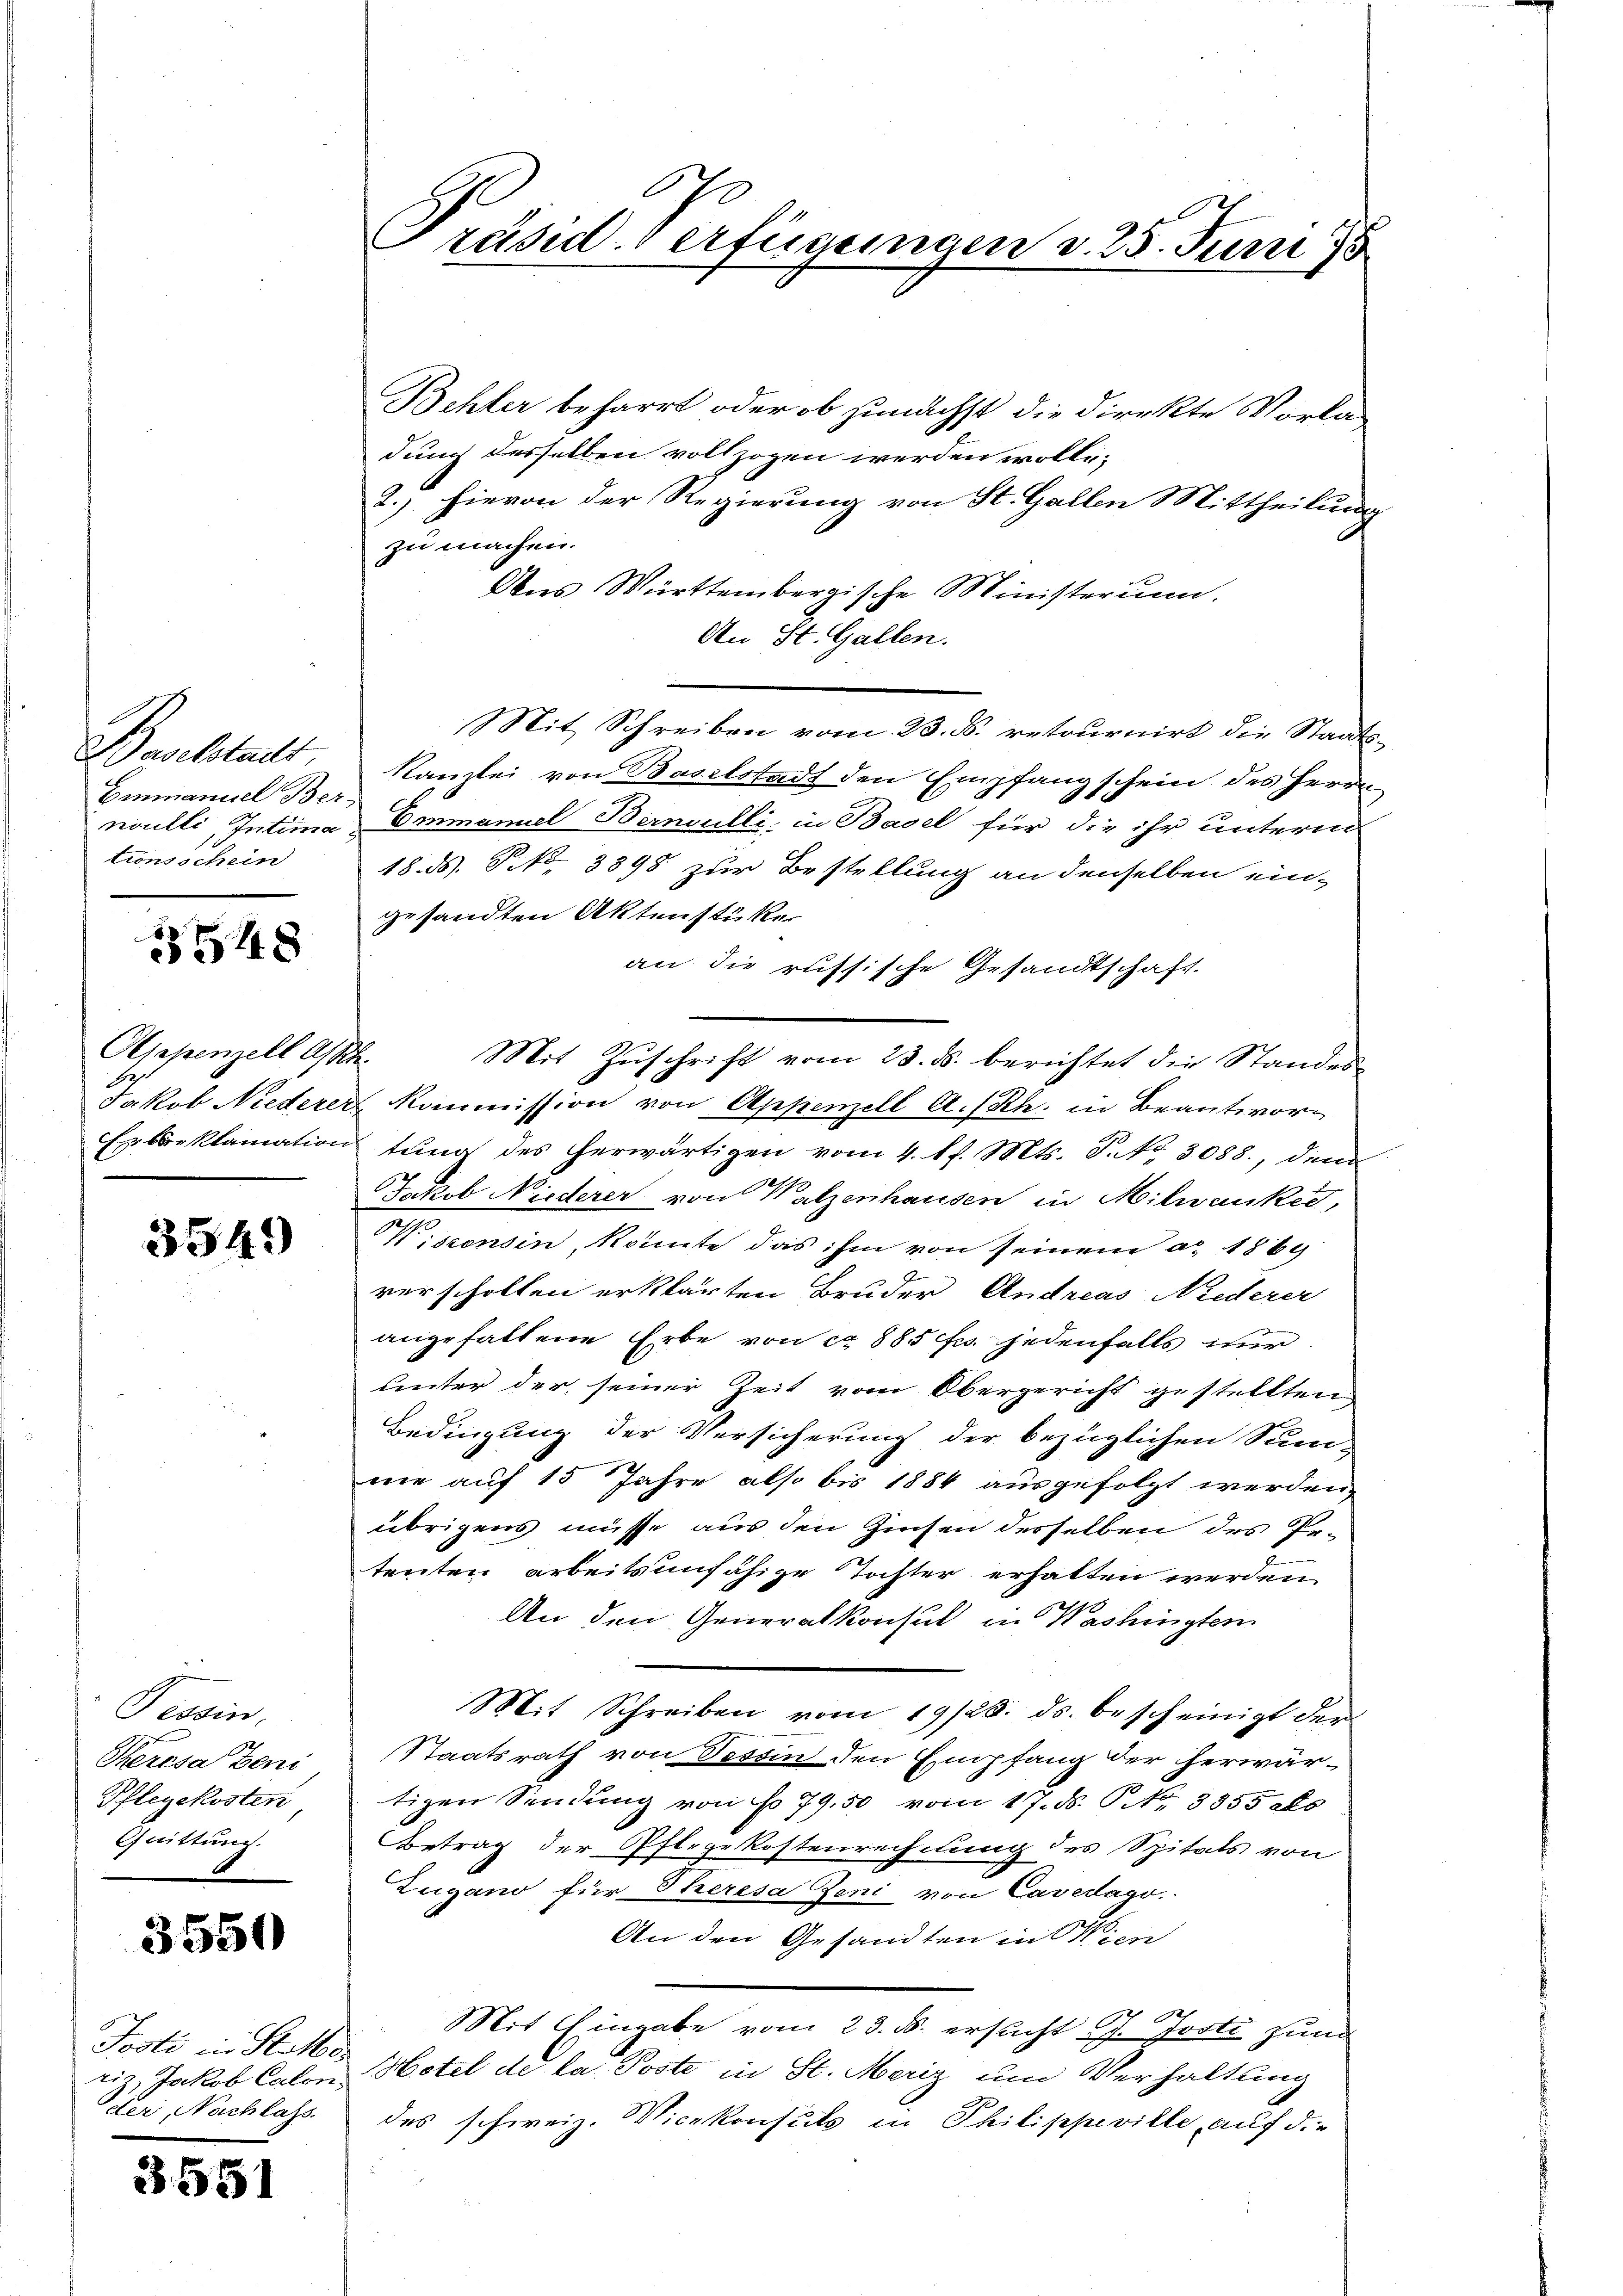
Baselstadt
Einmanuel Bernoulli, Intima
tionsschein

25548

Olsepenzell Assek

3549)

Tessin,
Peresa teni
Pflegekosten
Quittung.

3550

Josti in Stator
riz, Jackob Calon
der, Nachbars.

3551

.
räsid. Verfügungen d. 25. Juni 18

Behler beharrt oder ob zunächst die direkte Vorladung desselben vollzogen werden wolle;
2.) hievon der Regierung von St. Gallen Mittheilung
zu machen.
Aus Württembergische Ministerium.
An St. Gallen.
Mit Schreiben vom 23. d. retournirt die Staats¬
Kanzlei von Baselstadt den Empfangschein des Herrn
Emmanuel Bernoulli, in Basel für die ihr unterm
18. d. P. Nr. 3898 zur Bestellung an denselben ein-
gesandten Aktenstücker
an die russische Gesandtschaft.
Mit Zuschrift vom 23. ds. berichtet die Standes¬
Jakob Niederer Kommission von Appenzell A.-Rh. in Beantwor
Erbeklamation tŭng des herwärtigen vom 4. 1 f. Mts. S. Nr. 3088., dem
Jakob Niederer von Walzenhausen in Milwanket,
Wiszonsin, könnte das ihm von seinem a. 1869
verscholten erklärten Bruder Andreas Niederer
angefallene Erbe von ca 885 f. jedenfalls nur
unter der seiner Zeit vom Obergericht gestellten
Bedingung der Versicherung der bezüglichen Sum-
me auf 15 Jahre also bis 1884 ausgefolgt werden,
übrigens müsse aus den Zinsen desselben des Petenten arbeitsunfähige Tochter erhalten werden.
An den Generalkonsul in Washingten
Mit Schreiben vom 19/23. ds. bescheinigt der
Staatsrath von Tessin den Empfang der herwär-
tigen Sendung von No 79, 50 vom 17. ds. S. 3855 als
Betrag der Pflegekostenrechnung des Spitals von
Zugano für Eheresa Zeni von Cavedago
An den Gesandten in Wien
2
Mit Eingabe vom 23. ds. ersucht Ch. Josti zum
Hotel de la Poste in St. Meriz um Verhaltung
des schweiz. Vicekonsuls in Philippeville, auf die